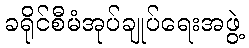
ခရိုင်စီမံအုပ်ချုပ်ရေးအဖွဲ့